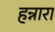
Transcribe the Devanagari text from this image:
हन्नारा